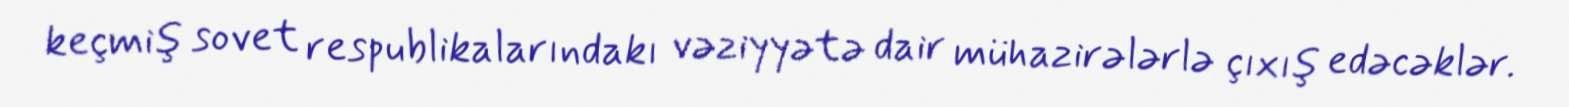
keçmiş sovet respublikalarındakı vəziyyətə dair mühazirələrlə çıxış edəcəklər.